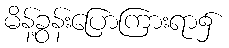
မိန့်ခွန်းပြောကြားရာ၌